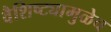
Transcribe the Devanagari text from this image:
वैशिष्ट्यामुळेच